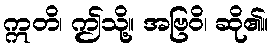
ဣတိ၊ ဤသို့။ အဗြဝိ၊ ဆို၏။